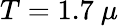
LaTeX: T=1.7~\mu